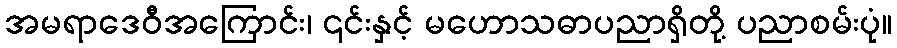
အမရာဒေဝီအကြောင်း၊ ၎င်းနှင့် မဟောသဓာပညာရှိတို့ ပညာစမ်းပုံ။